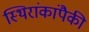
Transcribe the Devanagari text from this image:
स्थिरांकांपैकी